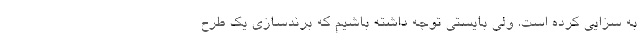
به سزایی کرده است. ولی بایستی توجه داشته باشیم که برندسازی یک طرح